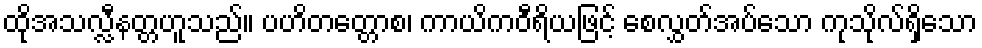
ထိုအသလ္လီနတ္တဟူသည်။ ပဟိတတ္တောစ၊ ကာယိကဝီရိယဖြင့် စေလွှတ်အပ်သော ကုသိုလ်ရှိသော